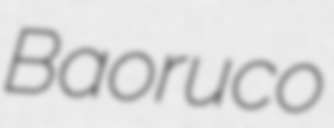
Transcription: Baoruco